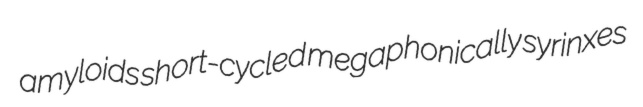
amyloids short-cycled megaphonically syrinxes